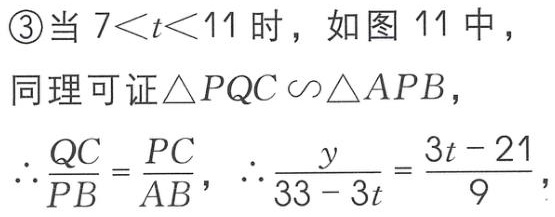
\textcircled{3}当 \(7<t<11\) 时，如图 11 中，
同理可证 \(\triangle PQC\sim\triangle APB\)，
\(\therefore\frac{QC}{PB}=\frac{PC}{AB}\)，\(\therefore\frac{y}{33 - 3t}=\frac{3t - 21}{9}\)，